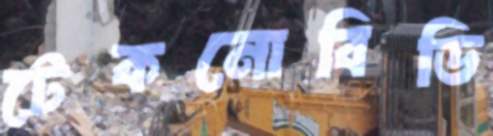
টেকনোবিডি